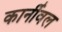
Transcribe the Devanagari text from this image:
कार्नीवल